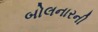
બોલનારની